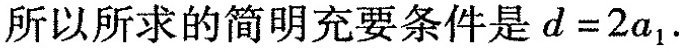
所以所求的简明充要条件是$$d = 2 a _ { 1 }$$.